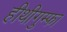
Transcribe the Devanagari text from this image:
हीथीगुम्फा